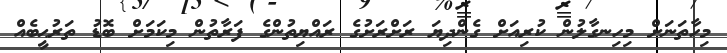
މިހާތަނަށް މިހިނގާލުން ކުރިއަށް ގެންދިޔަ ރަށްރަށުގެ ރައްޔިތުންގެ ފަރާތުން މިކަމަށް ބޮޑު ތަރުޙީބެއް